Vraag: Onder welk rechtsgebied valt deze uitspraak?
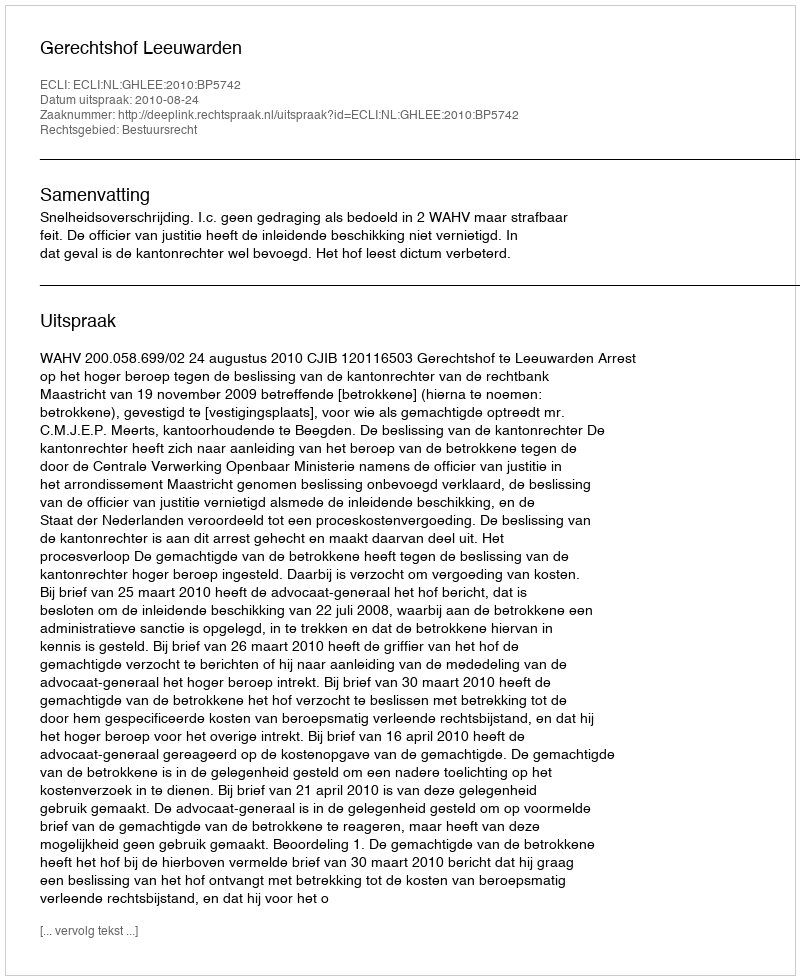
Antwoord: Bestuursrecht